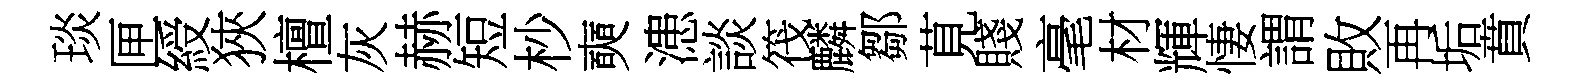
琰匣綬狹檀灰赫短杪奭漶談筏麟鄒莧賤毫材輝悽謂敗再垢賁